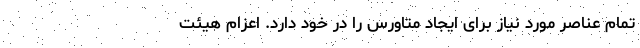
تمام عناصر مورد نیاز برای ایجاد متاورس را در خود دارد. اعزام هیئت